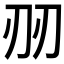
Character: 𱐔